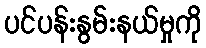
ပင်ပန်းနွမ်းနယ်မှုကို